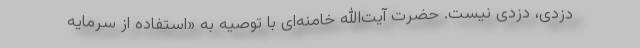
دزدی، دزدی نیست. حضرت آیت‌الله خامنه‌ای با توصیه به «استفاده از سرمایه